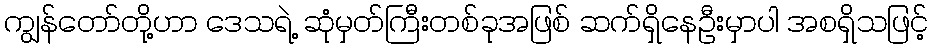
ကျွန်တော်တို့ဟာ ဒေသရဲ့ ဆုံမှတ်ကြီးတစ်ခုအဖြစ် ဆက်ရှိနေဦးမှာပါ အစရှိသဖြင့်